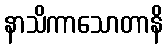
နာသိကာသောတာနိ